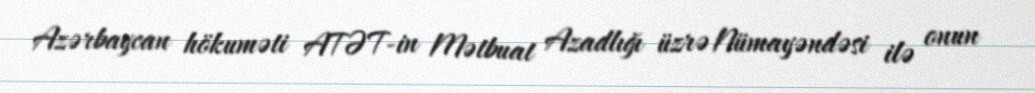
Azərbaycan hökuməti ATƏT-in Mətbuat Azadlığı üzrə Nümayəndəsi ilə onun